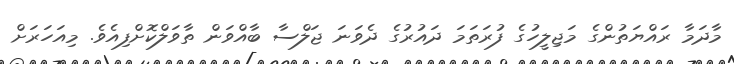
މާދަމާ ރައްޔަތުންގެ މަޖިލީހުގެ ފުރަތަމަ ދައުރުގެ ދެވަނަ ޖަލްސާ ބާއްވަން ތާވަލްކޮށްފިއެވެ. މިއަހަރަށް